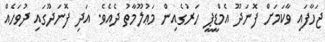
ޖަހާފައި ވާކަމަށް ފޮނަދޫ އެމްޑީޕީ ހަރުގެއިން މަޢުލޫމާތު ދެއެވެ. އަދި ފޮނަދޫގައި ދުވަހެއް